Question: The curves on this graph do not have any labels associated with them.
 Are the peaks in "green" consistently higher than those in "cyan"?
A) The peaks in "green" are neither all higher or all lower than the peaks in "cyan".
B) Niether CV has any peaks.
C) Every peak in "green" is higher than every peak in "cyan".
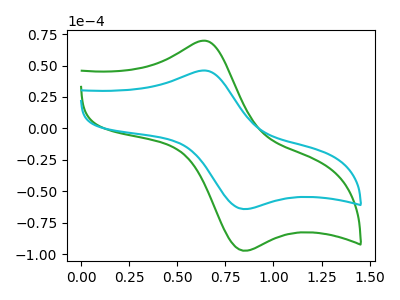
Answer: <think>The green curve "green" has an anodic peak at (0.65V, 69.75uA) and a cathodic peak at (0.85V, -97.40uA). The cyan curve "cyan" has an anodic peak at (0.65V, 46.05uA) and a cathodic peak at (0.85V, -64.30uA).</think>
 <answer>C) Every peak in "green" is higher than every peak in "cyan".</answer>
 <eval>C</eval>